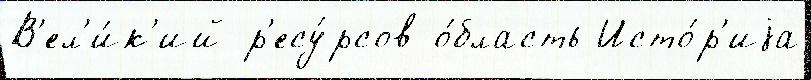
В'ел'и́к'ий р'есу́рсов о́бласть Исто́р'иjа